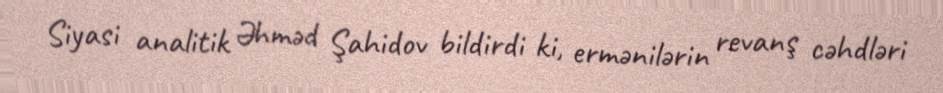
Siyasi analitik Əhməd Şahidov bildirdi ki, ermənilərin revanş cəhdləri